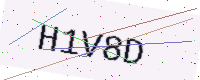
Text: H1V8D